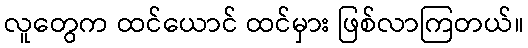
လူတွေက ထင်ယောင် ထင်မှား ဖြစ်လာကြတယ်။